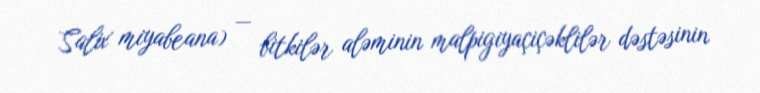
Salix miyabeana) — bitkilər aləminin malpigiyaçiçəklilər dəstəsinin